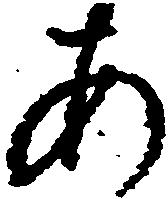
あ